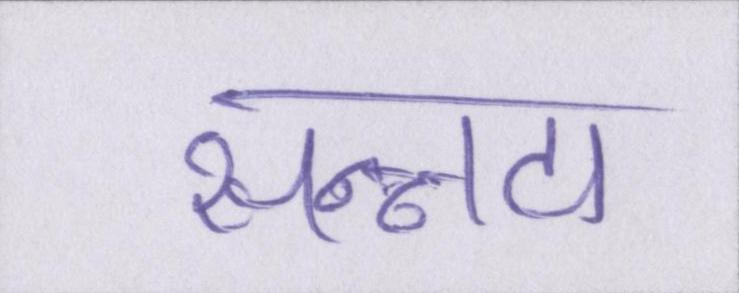
सन्नाटा